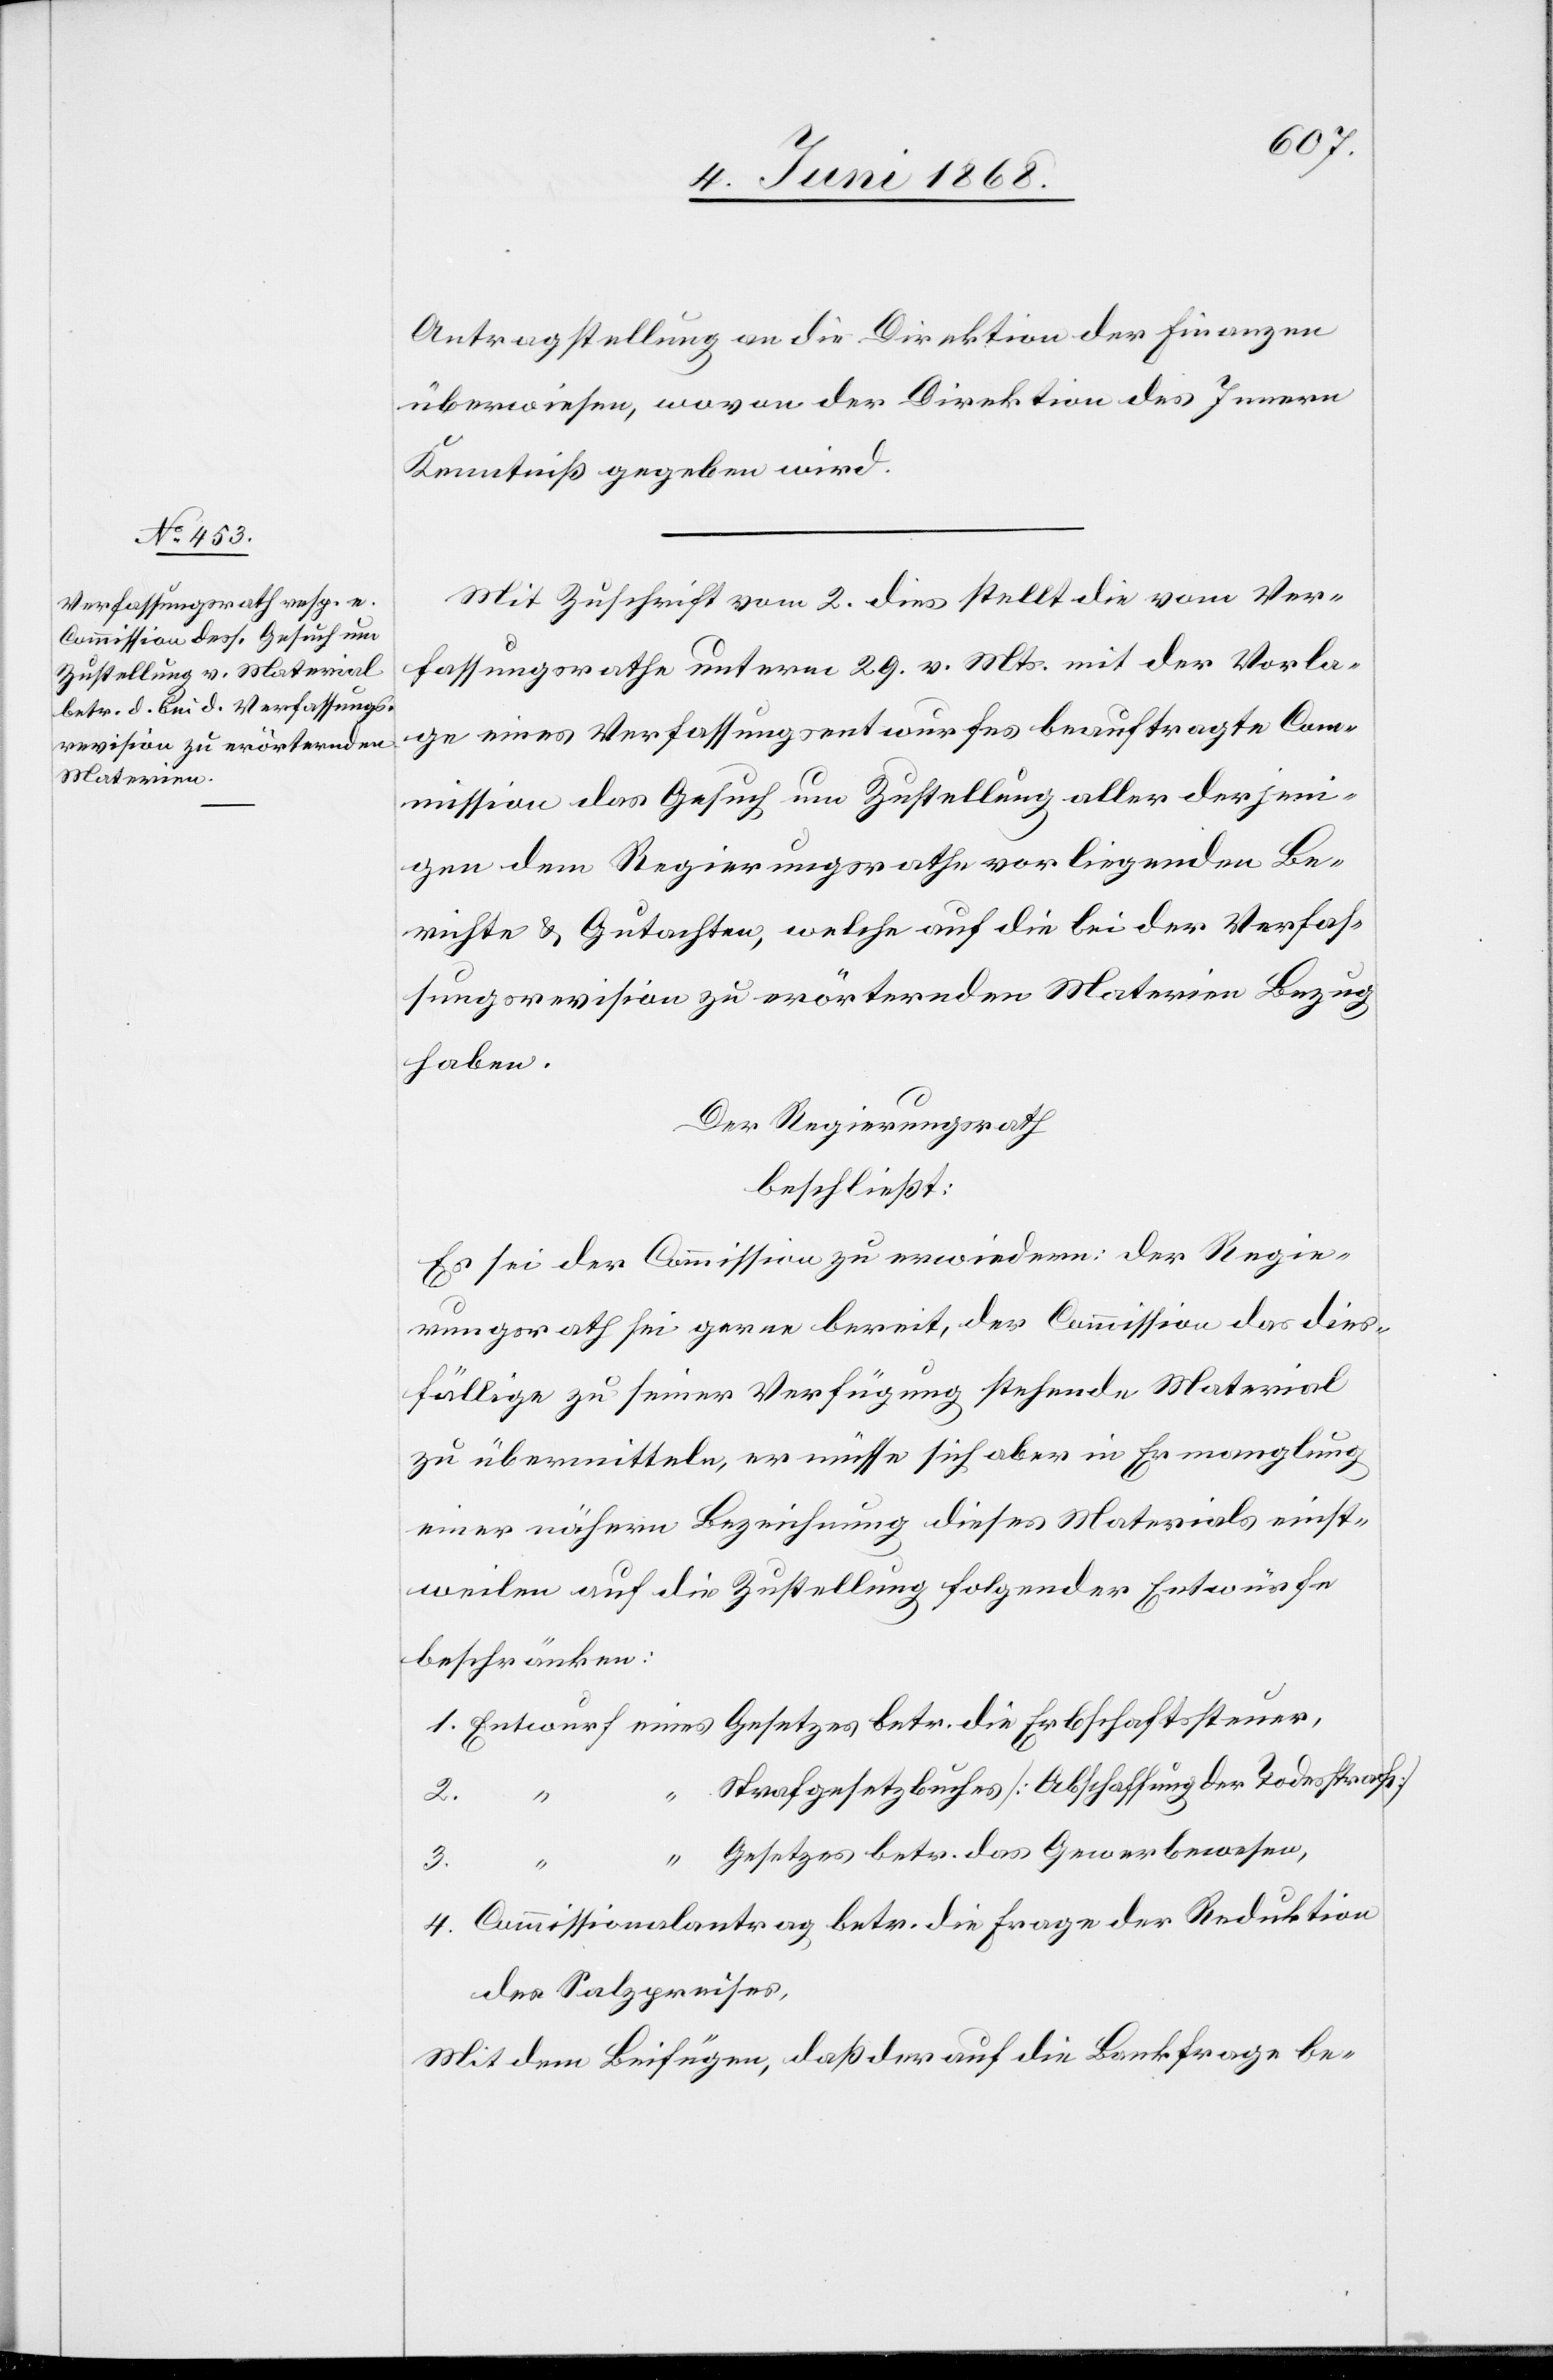
Antragstellung an die Direktion der Finanzen
überwiesen, wovon der Direktion des Innern
Kenntniß gegeben wird.
Mit Zuschrift vom 2. dies stellt die vom Ver¬
fassungsrathe unterm 29. v. Mts. mit der Vorla¬
ge eines Verfassungsentwurfes beauftragte Com¬
mission das Gesuch um Zustellung aller derjeni¬
gen dem Regierungsrathe vorliegenden Be¬
richte & Gutachten, welche auf die bei der Verfas¬
sungsrevision zu erörternden Materien Bezug
haben.
Der Regierungsrath
beschließt:
Es sei der Commission zu erwiedern: der Regie¬
rungsrath sei gerne bereit, der Commission das dies¬
fällige zu seiner Verfügung stehende Material
zu übermitteln, er müsse sich aber in Ermanglung
einer nähern Bezeichnung dieses Materials einst¬
weilen auf die Zustellung folgender Entwürfe
beschränken:
1. Entwurf eines Gesetzes betr. die Erbschaftssteuer,
“ Strafgesetzbuches [Abschaffung der Todesstrafe]
3.
“ Gesetzes betr. das Gewerbewesen,
4. Commissionalantrag betr. die Frage der Reduktion
des Salzpreises,
Mit dem Beifügen, daß der auf die Bankfrage be-